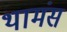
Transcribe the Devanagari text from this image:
थामंस